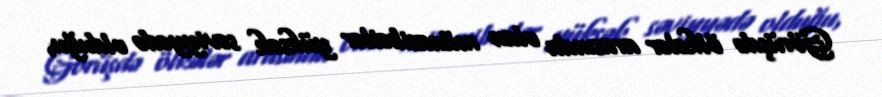
Görüşdə ölkələr arasında olan münasibətlər yüksək səviyyədə olduğu,